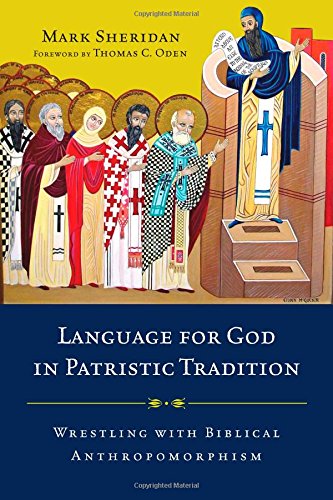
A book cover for Language for God in Patristic Tradition: Wrestling with Biblical Anthropomorphism; Mark Sheridan; Reference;